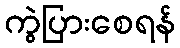
ကွဲပြားစေရန်